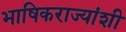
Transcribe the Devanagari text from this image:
भाषिकराज्यांशी